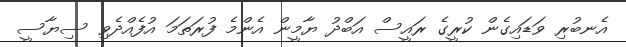
އެނބުރި ވަޑައިގެން ކުރީގެ ރައީސް އަބްދު ޔާމީން އެންމެ ފުރަތަމަ އުފެއްދެވި ސިޔާސީ